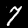
Digit: 7